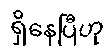
ရှိနေပြီဟု